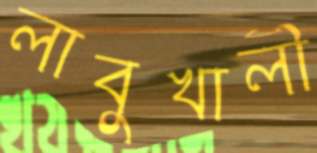
লাবুখালী